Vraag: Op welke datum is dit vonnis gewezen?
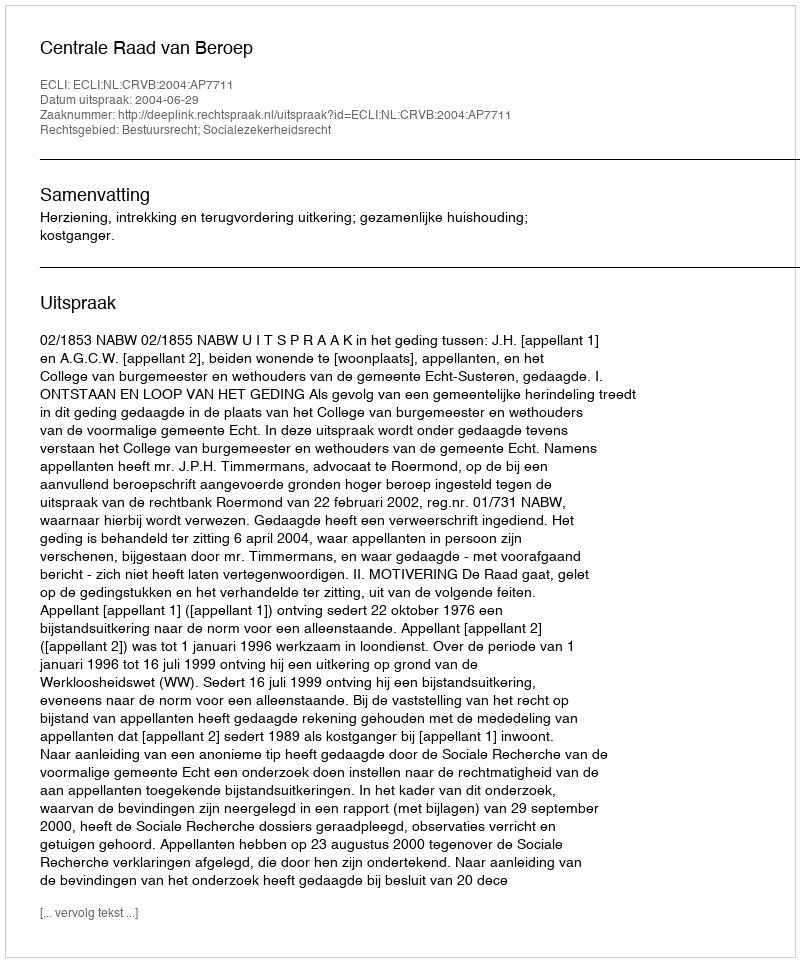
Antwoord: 2004-06-29